system: You are a helpful assistant.
user:
Analyze the provided spectrum to determine if it is a **M-type Giant (gM)**.

A M-type Giant spectrum is defined by its **strong molecular absorption** features, particularly from **Titanium Oxide (TiO)**. You must check for one of the following mutually exclusive signatures:

- **Key Visual Indicators (Absorption-Dominated Spectrum):**

    - **(Primary):** The spectrum is dominated by strong molecular absorption from **Titanium Oxide (TiO)**. This is the **defining feature** of its M-type temperature class.
        - **(Key Bandheads):** Look for sharp, "saw-tooth" absorption valleys. The strongest are located near **~7050 Å**, **~6160 Å**, and **~5170 Å**.
        - **(Line Profile):** The "saw-tooth" morphology is critical: a **sharp, steep drop on the BLUE (short-wavelength) side** of the bandhead, followed by a gradual recovery (rising flux) towards the RED (long-wavelength) side.

    - **(Key Confirmation - Giant vs. Dwarf):** **ABSENCE** of strong **Calcium Hydride (CaH)** molecular bands. This is the primary diagnostic for *excluding* M-dwarfs.
        - **(Key Region):** The spectrum should lack the strong, broad absorption band seen in dwarfs between **~6800 Å and ~7000 Å**.

    - **(Secondary Confirmation - Giant):** A very strong and broad **Neutral Calcium (Ca I)** atomic absorption line.
        - **(Key Line):** Located at **~4226 Å**. In a giant (gM), this line is significantly deeper and broader than the same line in an M-dwarf (dM) due to low surface gravity.

    - **(Overall Spectrum):**
        - The continuum is **extremely red-sloping** (i.e., flux is very low in the blue and rises dramatically towards the red).
        - The entire spectrum appears "chopped up" by the deep TiO bands.

Think first, call **spectral_visualization_tool** if needed to examine features in detail, then provide your final answer. Your response must adhere to the following strict rules:
1.  **Overall Structure:** Your response must follow the format `<think>...</think> <tool_call>...</tool_call> (if a tool is used) <answer>...</answer>`.
2.  **Tool Usage Constraint:** You may only make **one** tool call per turn.
3.  **Final Answer Format:** In the `<answer>` tag, your conclusion must be inside a `\boxed{}` command (e.g., `\boxed{YES}` or `\boxed{NO}`), followed by your justification.

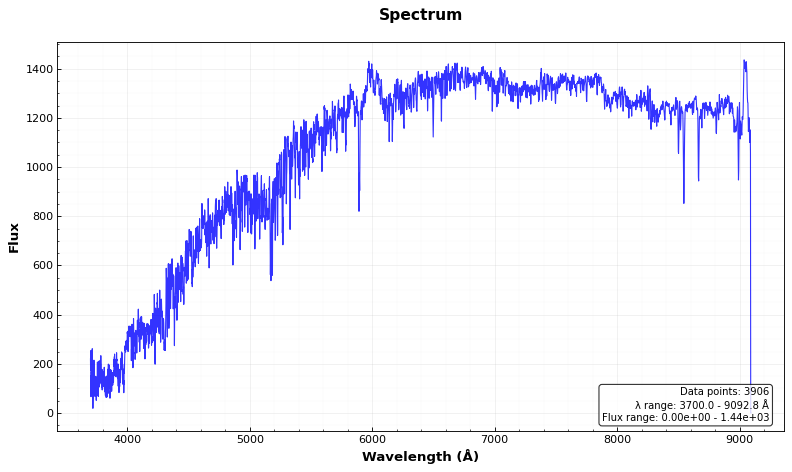
Answer: NO